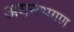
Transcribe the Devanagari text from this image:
अयनभगण